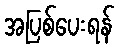
အပြစ်ပေးရန်